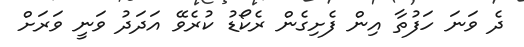
ދެ ވަނަ ހަފުތާ އިން ފެށިގެން ރެކޯޑު ކުރެވޭ އަދަދު ވަނީ ވަރަށް